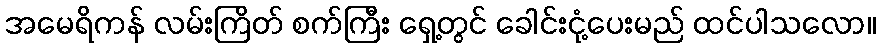
အမေရိကန် လမ်းကြိတ် စက်ကြီး ရှေ့တွင် ခေါင်းငုံ့ပေးမည် ထင်ပါသလော။